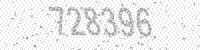
Solution: 728396